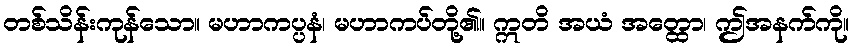
တစ်သိန်းကုန်သော။ မဟာကပ္ပနံ၊ မဟာကပ်တို့၏။ ဣတိ အယံ အတ္ထော၊ ဤအနက်ကို။